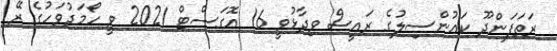
ރަތަފަންދޫ ކައުންސިލުގެ ރައީސް ވިދާޅުވީ 16 އޮގަސްޓް 2021 ވީ ހޯމަދުވަހުގެ ރޭ